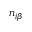
n _ { i \beta }